Report of the Imperial Institute of Veterinary Research, Muktesar
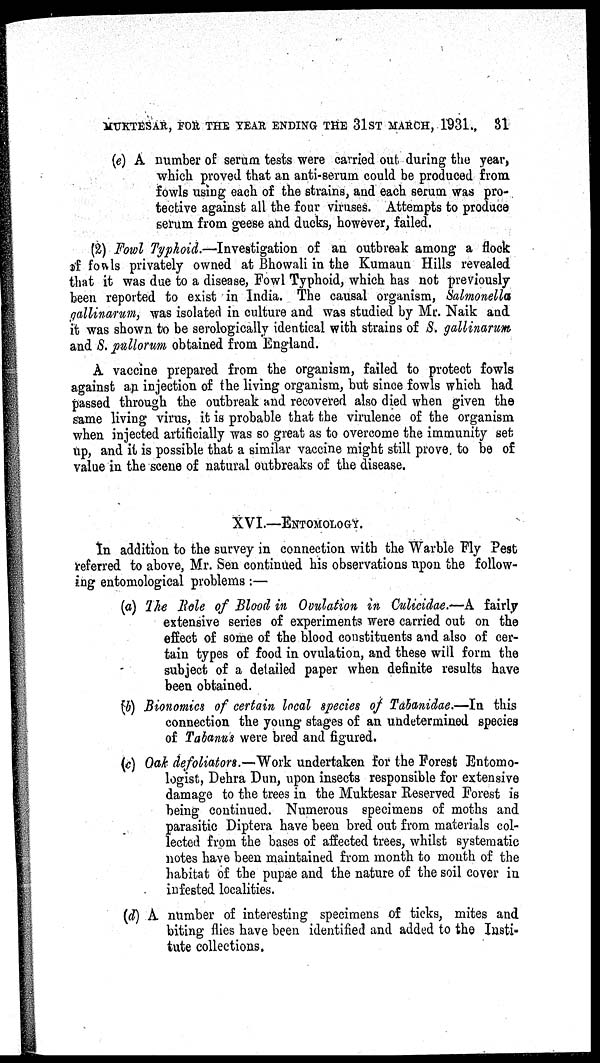
MUKTESAR, FOR THE YEAR ENDING THE 31ST MARCH, 1931.
31
(e) A number of serum tests were carried out during the year,
which proved that an anti-serum could be produced from
fowls using each of the strains, and each serum was pro-
tective against all the four viruses. Attempts to produce
serum from geese and ducks, however, failed.
(2) Fowl Typhoid.—Investigation of an outbreak among a flock
of fowls privately owned at Bhowali in the Kumaun Hills revealed
that it was due to a disease, Fowl Typhoid, which has not previously
been reported to exist in India. The causal organism, Salmonella
gallinarum, was isolated in culture and was studied by Mr. Naik and
it was shown to be serologically identical with strains of S. gallinarum
and S. pullorum obtained from England.
A vaccine prepared from the organism, failed to protect fowls
against an injection of the living organism, but since fowls which had
passed through the outbreak and recovered also died when given the
same living virus, it is probable that the virulence of the organism
when injected artificially was so great as to overcome the immunity set
up, and it is possible that a similar vaccine might still prove to be of
value in the scene of natural outbreaks of the disease.
XVI.—ENTOMOLOGY.
In addition to the survey in connection with the Warble Fly Pest
referred to above, Mr. Sen continued his observations upon the follow-
ing entomological problems:—
(a) The Role of Blood in Ovulation in Culicidae.—A fairly
extensive series of experiments were carried out on the
effect of some of the blood constituents and also of cer-
tain types of food in ovulation, and these will form the
subject of a detailed paper when definite results have
been obtained.
(b) Bionomics of certain local species of Tabanidae.—In this
connection the young stages of an undetermined species
of Tabanus were bred and figured.
(c) Oak defoliators. —Work undertaken for the Forest Entomo-
logist, Dehra Dun, upon insects responsible for extensive
damage to the trees in the Muktesar Reserved Forest is
being continued. Numerous specimens of moths and
parasitic Diptera have been bred out from materials col-
lected from the bases of affected trees, whilst systematic
notes have been maintained from month to mouth of the
habitat of the pupae and the nature of the soil cover in
infested localities.
(d) A number of interesting specimens of ticks, mites and
biting flies have been identified and added to the Insti-
tute collections.